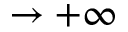
\rightarrow + \infty